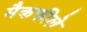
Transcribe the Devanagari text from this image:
मैकफीले